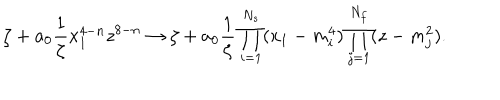
\zeta + a _ { 0 } \frac { 1 } { \zeta } x _ { 1 } ^ { 4 - n } z ^ { 8 - n } \to \zeta + a _ { 0 } \frac { 1 } { \zeta } \prod _ { i = 1 } ^ { N _ { s } } ( x _ { 1 } - m _ { i } ^ { 4 } ) \prod _ { j = 1 } ^ { N _ { f } } ( z - m _ { j } ^ { 2 } ) .